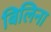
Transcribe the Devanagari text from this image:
बिलिना